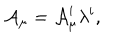
LaTeX: { \cal A } _ { \mu } = { \cal A } _ { \mu } ^ { i } \lambda ^ { i } ,